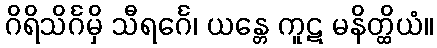
ဂိရိသိင်္ဂမှိ သီရင်္ဂေ၊ ယန္တေ ကူဋ မနိတ္ထိယံ။